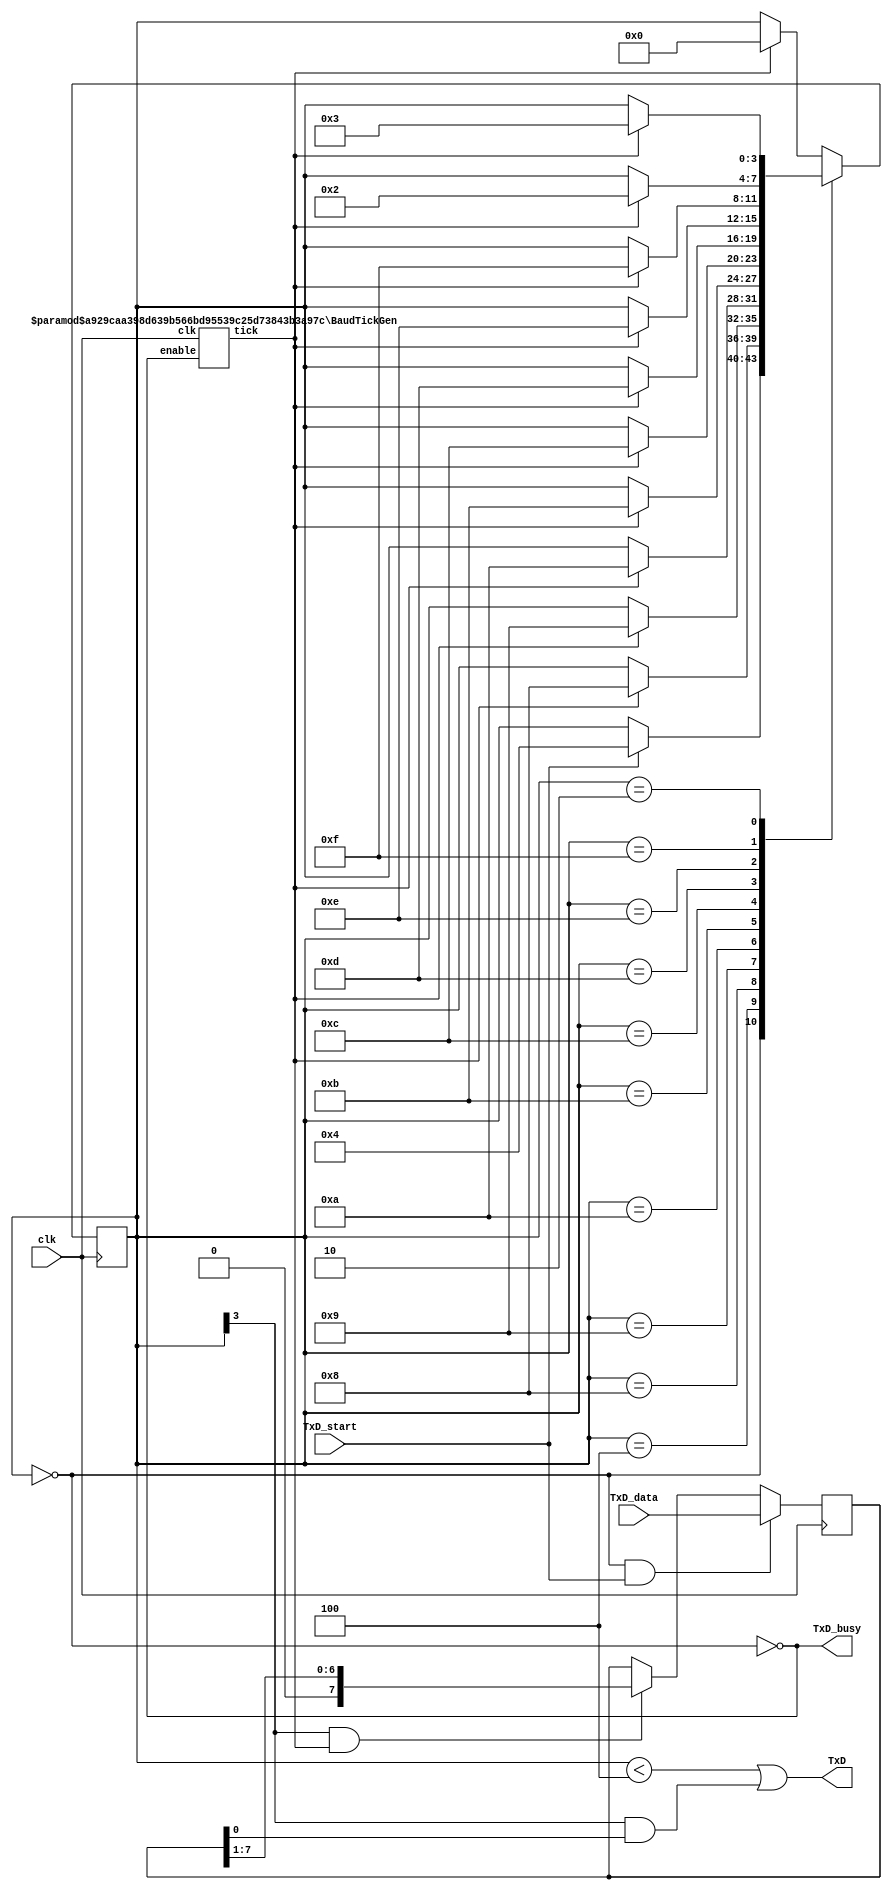
////////////////////////////////////////////////////////
// RS-232 RX and TX module
// (c) fpga4fun.com & KNJN LLC - 2003 to 2013

// The RS-232 settings are fixed
// TX: 8-bit data, 2 stop, no-parity
// RX: 8-bit data, 1 stop, no-parity (the receiver can accept more stop bits of course)

//`define SIMULATION   // in this mode, TX outputs one bit per clock cycle
                       // and RX receives one bit per clock cycle (for fast simulations)

////////////////////////////////////////////////////////
module s_uart_tx(
	input clk,
	input TxD_start,
	input [7:0] TxD_data,
	output TxD,
	output TxD_busy
);

// Assert TxD_start for (at least) one clock cycle to start transmission of TxD_data
// TxD_data is latched so that it doesn't have to stay valid while it is being sent

parameter ClkFrequency = 10000000;
parameter Baud = 500000;

generate
	if(ClkFrequency<Baud*8 && (ClkFrequency % Baud!=0)) ASSERTION_ERROR PARAMETER_OUT_OF_RANGE("Frequency incompatible with requested Baud rate");
endgenerate

////////////////////////////////
`ifdef SIMULATION
wire BitTick = 1'b1;  // output one bit per clock cycle
`else
wire BitTick;
BaudTickGen #(ClkFrequency, Baud) tickgen(.clk(clk), .enable(TxD_busy), .tick(BitTick));
`endif


reg [3:0] TxD_state = 0;
wire TxD_ready = (TxD_state==0);
assign TxD_busy = ~TxD_ready;

reg [7:0] TxD_shift = 0;
always @(posedge clk)
begin
	if(TxD_ready & TxD_start)
		TxD_shift <= TxD_data;
	else
	if(TxD_state[3] & BitTick)
		TxD_shift <= (TxD_shift >> 1);

	case(TxD_state)
		4'b0000: if(TxD_start) TxD_state <= 4'b0100;
		4'b0100: if(BitTick) TxD_state <= 4'b1000;  // start bit
		4'b1000: if(BitTick) TxD_state <= 4'b1001;  // bit 0
		4'b1001: if(BitTick) TxD_state <= 4'b1010;  // bit 1
		4'b1010: if(BitTick) TxD_state <= 4'b1011;  // bit 2
		4'b1011: if(BitTick) TxD_state <= 4'b1100;  // bit 3
		4'b1100: if(BitTick) TxD_state <= 4'b1101;  // bit 4
		4'b1101: if(BitTick) TxD_state <= 4'b1110;  // bit 5
		4'b1110: if(BitTick) TxD_state <= 4'b1111;  // bit 6
		4'b1111: if(BitTick) TxD_state <= 4'b0010;  // bit 7
		4'b0010: if(BitTick) TxD_state <= 4'b0011;  // stop1
		4'b0011: if(BitTick) TxD_state <= 4'b0000;  // stop2
		default: if(BitTick) TxD_state <= 4'b0000;
	endcase
end

assign TxD = (TxD_state<4) | (TxD_state[3] & TxD_shift[0]);  // put together the start, data and stop bits
endmodule



////////////////////////////////////////////////////////
module BaudTickGen(
	input clk, enable,
	output tick  // generate a tick at the specified baud rate * oversampling
);
parameter ClkFrequency = 10000000;
parameter Baud = 500000;
parameter Oversampling = 1;

function integer log2(input integer v); begin log2=0; while(v>>log2) log2=log2+1; end endfunction
localparam AccWidth = log2(ClkFrequency/Baud)+8;  // +/- 2% max timing error over a byte
reg [AccWidth:0] Acc = 0;
localparam ShiftLimiter = log2(Baud*Oversampling >> (31-AccWidth));  // this makes sure Inc calculation doesn't overflow
localparam Inc = ((Baud*Oversampling << (AccWidth-ShiftLimiter))+(ClkFrequency>>(ShiftLimiter+1)))/(ClkFrequency>>ShiftLimiter);
always @(posedge clk) if(enable) Acc <= Acc[AccWidth-1:0] + Inc[AccWidth:0]; else Acc <= Inc[AccWidth:0];
assign tick = Acc[AccWidth];
endmodule


////////////////////////////////////////////////////////